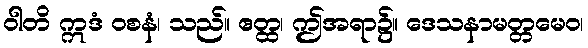
ဝါတိ ဣဒံ ဝစနံ၊ သည်။ ဧတ္ထ၊ ဤအရာ၌။ ဒေသနာမတ္တမေဝ၊